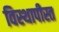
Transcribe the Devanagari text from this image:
विस्थापीस्त